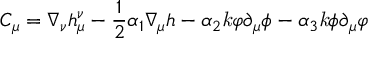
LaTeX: C _ { \mu } = \nabla _ { \nu } h _ { \mu } ^ { \nu } - \frac { 1 } { 2 } \alpha _ { 1 } \nabla _ { \mu } h - \alpha _ { 2 } { \it k } \varphi \partial _ { \mu } \phi - \alpha _ { 3 } { \it k } \phi \partial _ { \mu } \varphi